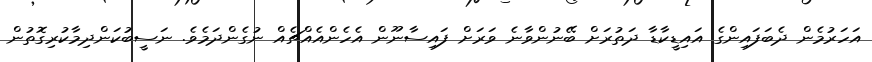
އަހަރުމެން ދެބަފައިންގެ އައިޑީކާޑާ ދަތުރަށް ބޭނުންވާނެ ވަރަށް ފައިސާނޫން އެހެންއެއްޗެއް ނުގެންދަމެވެ. ނަސީބުކަންދިމާކުރިގޮތުން